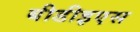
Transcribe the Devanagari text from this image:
बीडीइएस